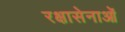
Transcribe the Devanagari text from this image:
रक्षासेनाओं